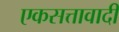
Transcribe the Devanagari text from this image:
एकसत्तावादी